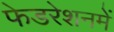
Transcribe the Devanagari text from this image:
फेडरेशनमें